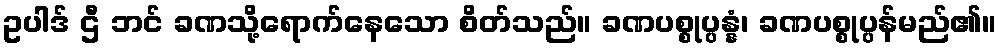
ဥပါဒ် ဌီ ဘင် ခဏသို့ရောက်နေသော စိတ်သည်။ ခဏပစ္စုပ္ပန္နံ၊ ခဏပစ္စုပ္ပန်မည်၏။